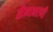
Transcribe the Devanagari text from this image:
सैन्यभरणी